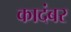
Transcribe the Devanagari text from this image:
कादंबर